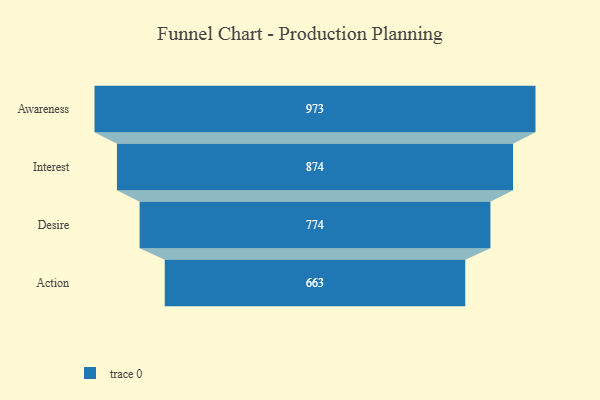
{"axis": {"x": "Stage", "y": "Value"}, "legend": [""], "data": [{"x": "Awareness", "y": 973.0, "type": ""}, {"x": "Interest", "y": 874.0, "type": ""}, {"x": "Desire", "y": 774.0, "type": ""}, {"x": "Action", "y": 663.0, "type": ""}]}